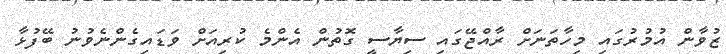
ޒުވާން އުމުރުގައި މިހާތަނަށް ރާއްޖޭގައި ސިޔާސީ ގޮތުން އެންމެ ކުރިއަށް ވަޑައިގެންނެވުނު ބޭފުޅާ